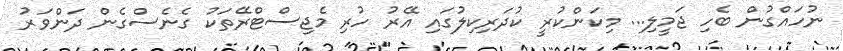
ނުހައްގުން ބެހި ޖަމީލި... މިކަންކުރީ ކުދަރިކިލުގައި އޭރު ހުރި މެޖިސްޓްރޭތަކު ގެނެސްގެން ދަންވަރު